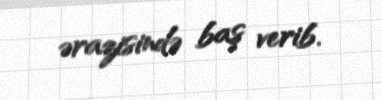
ərazisində baş verib.